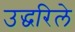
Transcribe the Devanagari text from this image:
उद्धरिले